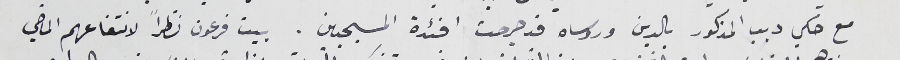
مع حكي ديب المذكور بالدين وروساه قد جرحت افئدة المسيحيين. بيت فرعون نظراً لانتفاعهم الماضي